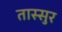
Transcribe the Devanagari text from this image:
तास्सुर